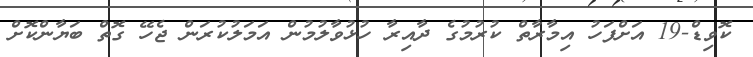
ކޮވިޑް-19 އަށްފަހު އިމާރާތް ކުރުމުގެ ދާއިރާ ހުޅުވާލުމުން އަމަލުކުރަން ޖެހޭ ގޮތް ބަޔާންކޮށް